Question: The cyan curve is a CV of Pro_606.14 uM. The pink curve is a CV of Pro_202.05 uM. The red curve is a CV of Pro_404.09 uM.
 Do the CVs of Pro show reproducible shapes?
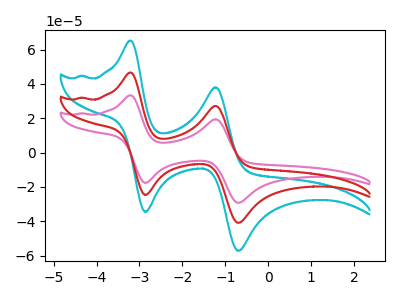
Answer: <think>The cyan curve "Pro_606.14 uM" has anodic peaks at (-3.20V, 93.30uA) (-1.25V, 54.45uA) and cathodic peaks at (-2.85V, -49.40uA) (-0.70V, -81.80uA). The pink curve "Pro_202.05 uM" has anodic peaks at (-3.20V, 33.35uA) (-1.25V, 19.45uA) and cathodic peaks at (-2.85V, -17.65uA) (-0.70V, -29.25uA). The red curve "Pro_404.09 uM" has anodic peaks at (-3.20V, 46.65uA) (-1.25V, 27.20uA) and cathodic peaks at (-2.85V, -24.70uA) (-0.70V, -40.90uA).
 All the peaks in "Pro_606.14 uM" have a peak in "Pro_202.05 uM" at the same potential. Every peak in "Pro_606.14 uM" is higher than every peak in "Pro_202.05 uM". All the peaks in "Pro_606.14 uM" have a peak in "Pro_404.09 uM" at the same potential. Every peak in "Pro_606.14 uM" is higher than every peak in "Pro_404.09 uM". All the peaks in "Pro_202.05 uM" have a peak in "Pro_404.09 uM" at the same potential. Every peak in "Pro_202.05 uM" is lower than every peak in "Pro_404.09 uM".</think>
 <answer>All the CV's of "Pro" have similar shape.</answer>
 <eval>follow_rule</eval>